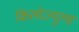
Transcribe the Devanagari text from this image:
किलोज्यूल्स